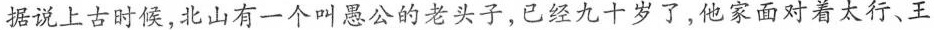
据说上古时候，北山有一个叫愚公的老头子，已经九十岁了，他家面对着太行、王